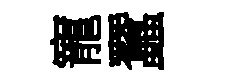
寵蠶